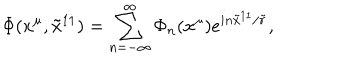
LaTeX: \Phi ( x ^ { \mu } , { \tilde { x } } ^ { 1 1 } ) = \sum _ { n = - \infty } ^ { \infty } \Phi _ { n } ( x ^ { \mu } ) e ^ { i n { \tilde { x } } ^ { 1 1 } / { \tilde { r } } } ,